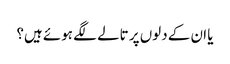
یا ان کے دلوں پر تالے لگے ہوئے ہیں؟